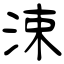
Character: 涑